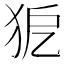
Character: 𤝤